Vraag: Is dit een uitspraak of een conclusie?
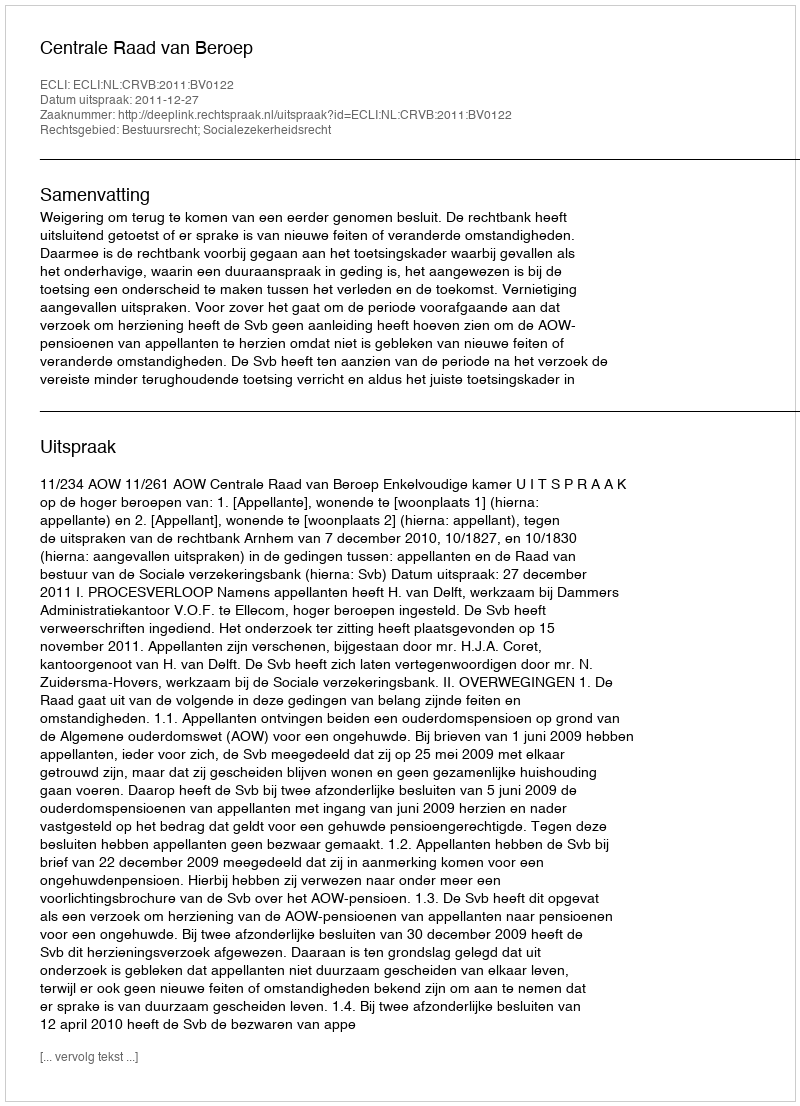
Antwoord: Uitspraak